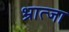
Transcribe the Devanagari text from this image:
भ्रात्जा